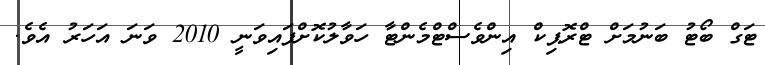
ޓަގް ބޯޓު ބަނުމަށް ޓްރޮޕިކް އިންވެސްޓްމެންޓާ ހަވާލުކޮށްފައިވަނީ 2010 ވަނަ އަހަރު އެވެ.